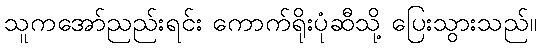
သူကအော်ညည်းရင်း ကောက်ရိုးပုံဆီသို့ ပြေးသွားသည်။